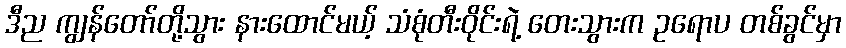
ဒီည ကျွန်တော်တို့သွား နားထောင်မယ့် သံစုံတီးဝိုင်းရဲ့ တေးသွားက ဥရောပ တစ်ခွင်မှာ